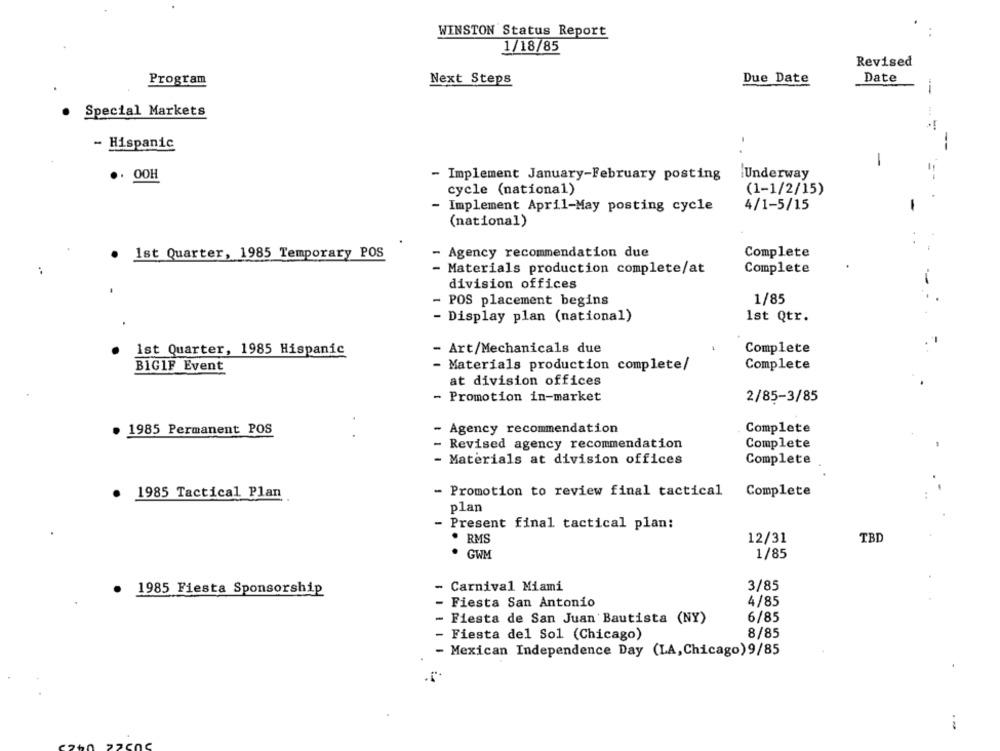
WINSTON Status Report
1/18/85
Revised
Program
Next Steps
Due Date
Date
Special Markets
- Hispanic
-
.. 00H
- Implement January-February posting
Underway
cycle (national)
(1-1/2/15)
Implement April-May posting cycle
4/1-5/15
-
(national)
. .
1st Quarter, 1985 Temporary POS
Agency recommendation due
Complete
- Materials production complete/at
Complete
division offices
-
1/85
POS placement begins
- Display plan (national)
Ist Qtr.
1st Quarter, 1985 Hispanic
- Art/Mechanicals due
Complete
BIG1F Event
Materials production complete/
Complete
at division offices
- Promotion in-market
2/85-3/85
- Agency recommendation
Complete
. 1985 Permanent POS
Revised agency recommendation
Complete
Materials at division offices
Complete
1985 Tactical Plan
- Promotion to review final tactical
Complete
plan
- Present final tactical plan:
. RMS
12/31
TBD
· GWM
1/85
3/85
1985 Fiesta Sponsorship
- Carnival Miami
- Fiesta San Antonio
4/85
- Fiesta de San Juan Bautista (NY)
6/85
- Fiesta del Sol (Chicago)
8/85
- Mexican Independence Day (LA,Chicago)9/85
--